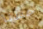
حسنا